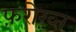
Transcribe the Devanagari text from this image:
फ़रोख़्त